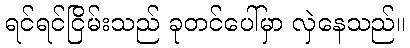
ရင်ရင်ငြိမ်းသည် ခုတင်ပေါ်မှာ လှဲနေသည်။